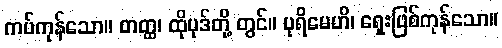
ကပ်ကုန်သော။ တတ္ထ၊ ထိုပုဒ်တို့ တွင်။ ပုရိမေဟိ၊ ရှေးဖြစ်ကုန်သော။